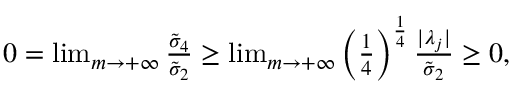
\begin{array} { r l r } & { } & { 0 = \operatorname* { l i m } _ { m \rightarrow + \infty } \frac { \tilde { \sigma } _ { 4 } } { \tilde { \sigma } _ { 2 } } \geq \operatorname* { l i m } _ { m \rightarrow + \infty } \left( \frac { 1 } { 4 } \right) ^ { \frac { 1 } { 4 } } \frac { | \lambda _ { j } | } { \tilde { \sigma } _ { 2 } } \geq 0 , } \end{array}